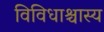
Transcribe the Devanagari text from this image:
विविधाश्चास्य